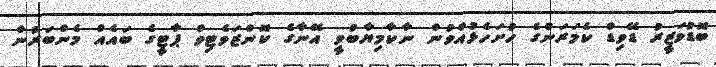
ބޮޑުވަޒީރު ޑޭވިޑް ކެމަރަންގެ ހުށަހެޅުއްވުން ނާކާމިޔާބުވީ އޭނާގެ ކޮންޒަވެޓިވް ޕާޓީގެ ބައެއް މެންބަރުން